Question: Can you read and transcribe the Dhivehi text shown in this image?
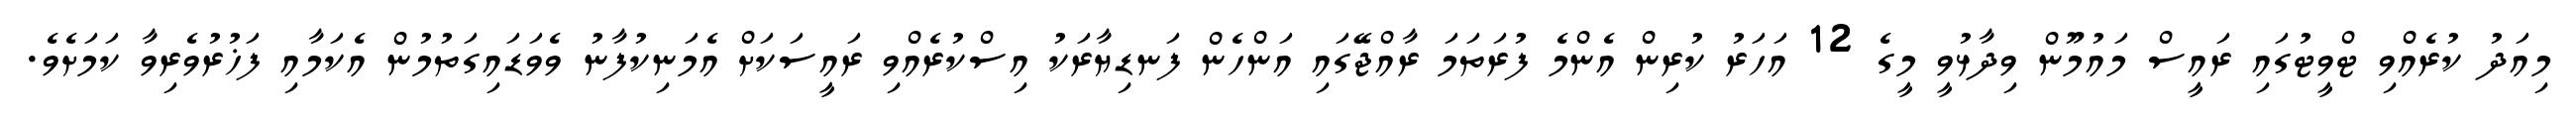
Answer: މިއަދު ކުރެއްވި ޓްވީޓުގައި ރައީސް މައުމޫން ވިދާޅުވީ މީގެ 12 އަހަރު ކުރިން އެންމެ ފުރަތަމަ ރާއްޖޭގައި އަންހެން ފަނޑިޔާރަކު އިސްކުރެއްވި ރައީސަކަށް އެމަނިކުފާނު ވެވަޑައިގަތުމުން އެކަމާއި ފަޚުރުވެރިވާ ކަމަށެވެ.